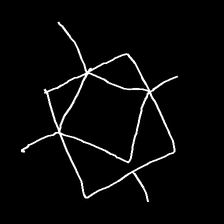
Glyph: light